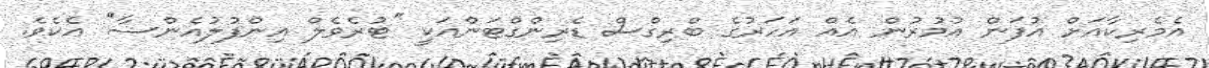
އެމެރިކާއަށް އުފަން އުމުރުން އެއް އަހަރުގެ ބްރިގްސް ޑެރިންގްޓަންއަކީ ''ޓުރެވެލް އިންފުލުއެންސާ'' އެކެވެ.